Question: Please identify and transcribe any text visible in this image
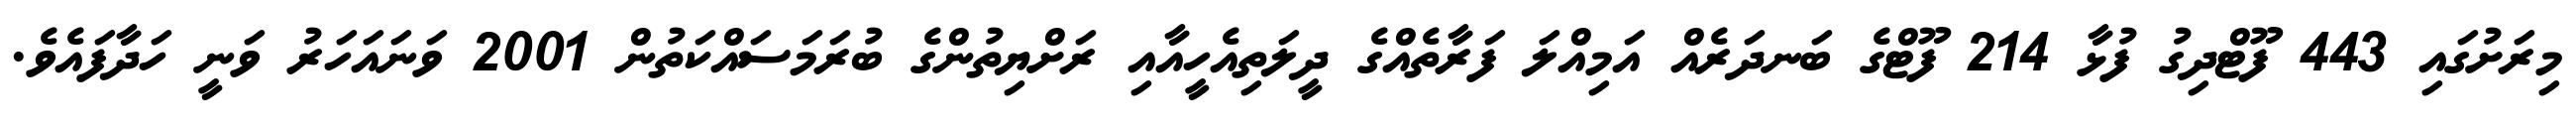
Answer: މިރަށުގައި 443 ފޫޓްދިގު ފުޅާ 214 ފޫޓްގެ ބަނދަރެއް އަމިއްލަ ފަރާތެއްގެ ދީލަތިއެހީއާއި ރަށްޔިތުންގެ ބުރަމަސައްކަތުން 2001 ވަނައަހަރު ވަނީ ހަދާފައެވެ.